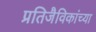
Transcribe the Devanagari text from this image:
प्रतिजैविकांच्या